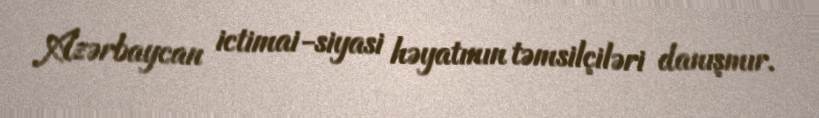
Azərbaycan ictimai-siyasi həyatının təmsilçiləri danışmır.